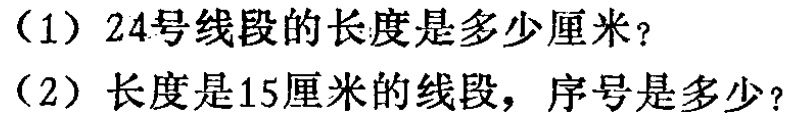
（1）24号线段的长度是多少厘米？

（2）长度是15厘米的线段，序号是多少？